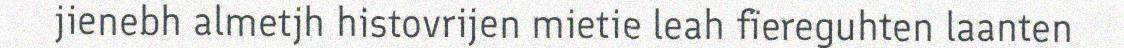
jienebh almetjh histovrijen mietie leah fïereguhten laanten